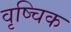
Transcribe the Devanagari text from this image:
वृष्चिक